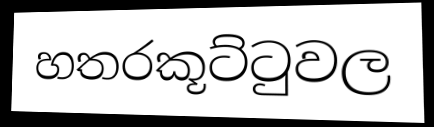
හතරකූට්ටුවල